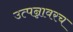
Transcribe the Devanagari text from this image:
उत्पन्नावरच